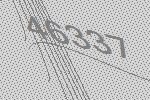
46337